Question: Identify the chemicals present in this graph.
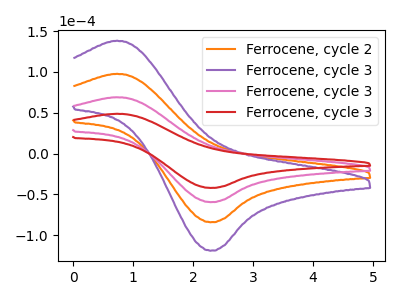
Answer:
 <answer>The orange curve is labeled "Ferrocene, cycle 2". The purple curve is labeled "Ferrocene, cycle 3". The pink curve is labeled "Ferrocene, cycle 3". The red curve is labeled "Ferrocene, cycle 3".</answer>
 <eval></eval>